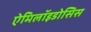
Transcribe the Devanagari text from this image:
ऐमिलॉइडोसिस